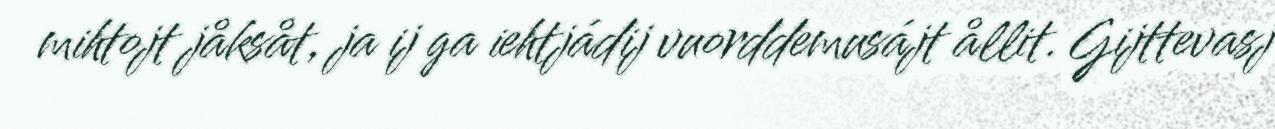
mihtojt jåksåt, ja ij ga iehtjádij vuorddemusájt ållit. Gijttevasj